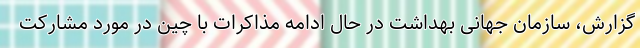
گزارش، سازمان جهانی بهداشت در حال ادامه مذاکرات با چین در مورد مشارکت